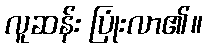
လူဆန်း ပြုံးလာ၏။